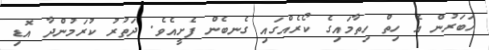
ޚަބަރުން އެ ހިތް ހިތާމައިގެ ކޯރެއްގައި ގެނބެން ފެށީއެވެ. ދަތުރު ކުރަމުންދާ އޮޑި